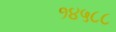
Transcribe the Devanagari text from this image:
१४५८८